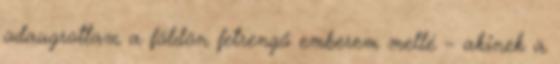
odaugrottam a földön fetrengő emberem mellé – akinek a